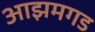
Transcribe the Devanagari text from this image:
आझमगड